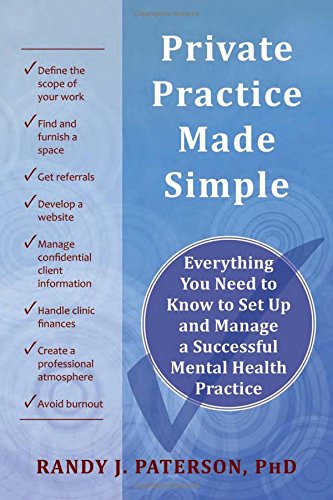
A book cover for Private Practice Made Simple: Everything You Need to Know to Set Up and Manage a Successful Mental Health Practice; Randy J. Paterson; Medical Books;